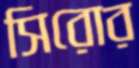
সিরোর